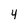
Character: 4